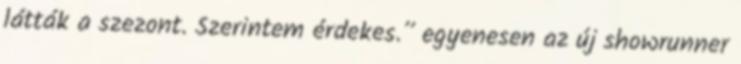
látták a szezont. Szerintem érdekes.” egyenesen az új showrunner